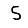
Digit: 5